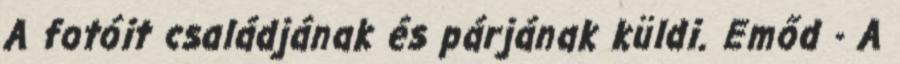
A fotóit családjának és párjának küldi. Emőd - A